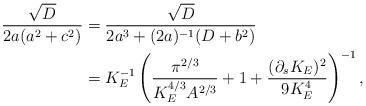
LaTeX: \begin{align*} \frac{\sqrt{D}}{2a(a^2+c^2)} = {} & \frac{\sqrt{D}}{2a^3 + (2a)^{-1} (D+b^2)} \\= {} & K_E^{-1} \left( \frac{\pi^{2/3}}{K_E^{4/3} A^{2/3}} + 1 + \frac{(\partial_s K_E)^2}{9K_E^4} \right)^{-1},\end{align*}